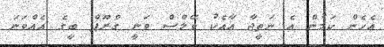
އެހެން ކަމުން އެ ނަތީޖާ އާއެކު ވޭލްސް ވަނީ ގްރޫޕް ބީގެ އެއްވަނަ